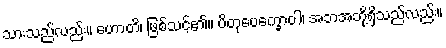
သားသည်လည်း။ ဟောတိ၊ ဖြစ်သင့်၏။ ပိတုပေက္ခောဝါ၊ အဘအဘို့ရှိသည်လည်း။